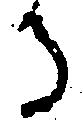
る